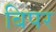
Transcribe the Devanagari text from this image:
बिपर